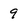
Character: 9